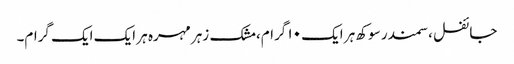
جائفل ،سمندر سوکھ ہر ایک ۱۰ گرام، مشک زہر مہرہ ہر ایک ایک گرام۔